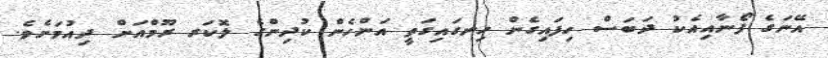
އޭނަގެ ފޯނާއިއެކު ދަބަސް ހިފައިގެން ހިނގައިގަތީ އަންހެން ކުދިންގެ ލޮކަރ ރޫމްއަށް ދިއުމަށެވެ.